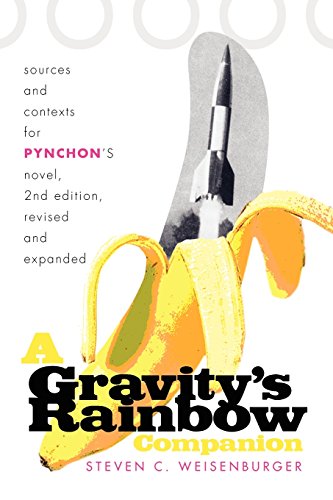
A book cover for A Gravity's Rainbow Companion: Sources and Contexts for Pynchon's Novel, 2nd Edition; Steven Weisenburger; Literature & Fiction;